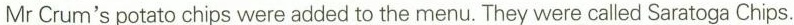
Mr Crum's potato chips were added to the menu. They were called Saratoga Chips.